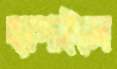
ছাপাইলে